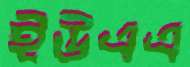
ইউএএ